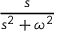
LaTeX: \frac { s } { s ^ { 2 } + \omega ^ { 2 } }